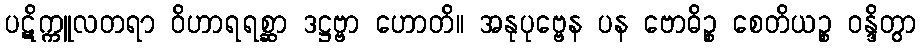
ပဋိက္ကူလတရာ ဝိဟာရရစ္ဆာ ဒဋ္ဌဗ္ဗာ ဟောတိ။ အနုပုဗ္ဗေန ပန ဗောဓိဉ္စ စေတိယဉ္စ ဝန္ဒိတွာ